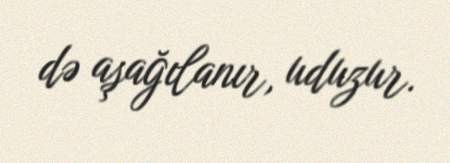
də aşağılanır, uduzur.